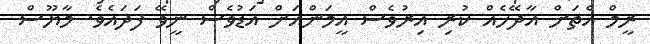
ރީމް އެތަށް އާދޭހެއް ކުރި އިރުވެސް އީމަންއަށް އަޑުވެސް ނީވޭ ފަދައެވެ. މާޔޫސް